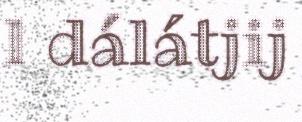
l dálátjij